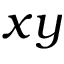
x y